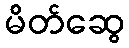
မိတ်ဆွေ